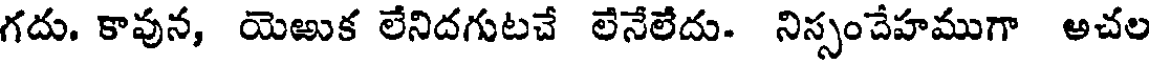
గదు. కావున, యెఱుక లేనిదగుటచే లేనేలేదు. నిస్సంచేహముగా అచల